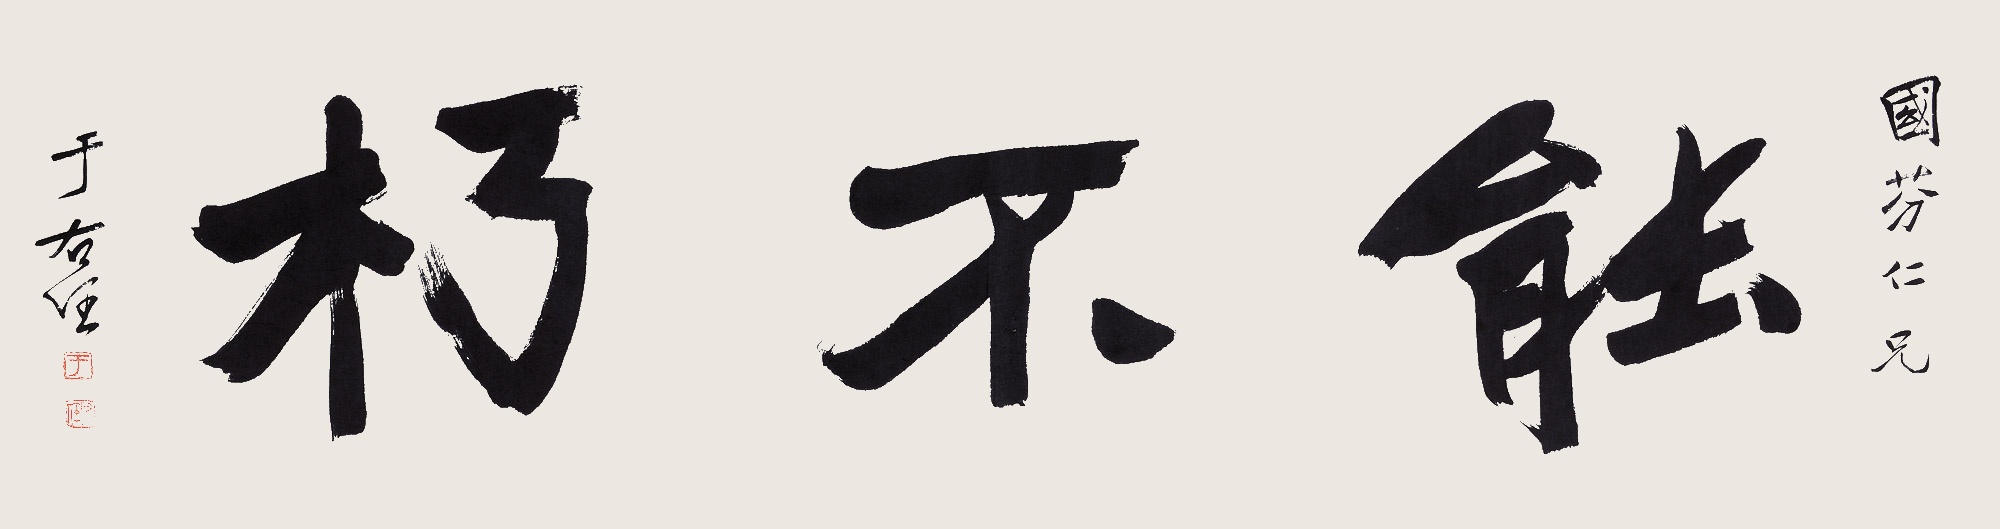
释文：能不朽。国芬仁兄，于右任。